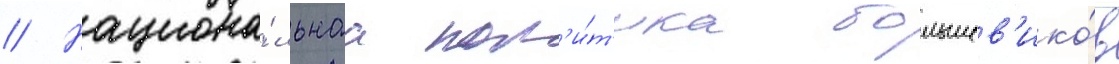
// Национа́льнаа пол'и́т'ика большев'ико́в